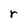
Character: r